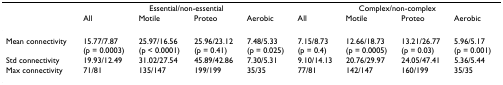
<table><thead><tr><td></td><td colspan="4"><b>Essential/non-essential</b></td><td colspan="4"><b>Complex/non-complex</b></td></tr><tr><td></td><td><b>All</b></td><td><b>Motile</b></td><td><b>Proteo</b></td><td><b>Aerobic</b></td><td><b>All</b></td><td><b>Motile</b></td><td><b>Proteo</b></td><td><b>Aerobic</b></td></tr></thead><tbody><tr><td>Mean connectivity</td><td>15.77/7.87(p = 0.0003)</td><td>25.97/16.56(p &lt; 0.0001)</td><td>25.96/23.12(p = 0.41)</td><td>7.48/5.33(p = 0.025)</td><td>7.15/8.73(p = 0.4)</td><td>12.66/18.73(p = 0.0005)</td><td>13.21/26.77(p = 0.03)</td><td>5.96/5.17(p = 0.001)</td></tr><tr><td>Std connectivity</td><td>19.93/12.49</td><td>31.02/27.54</td><td>45.89/42.86</td><td>7.30/5.31</td><td>9.10/14.13</td><td>20.76/29.97</td><td>24.05/47.41</td><td>5.36/5.44</td></tr><tr><td>Max connectivity</td><td>71/81</td><td>135/147</td><td>199/199</td><td>35/35</td><td>77/81</td><td>142/147</td><td>160/199</td><td>35/35</td></tr></tbody></table>